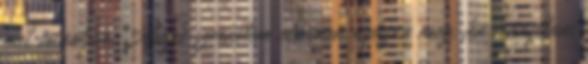
mit csináljon. Angie szerintem elevenen nyúzna meg, ha irányítani